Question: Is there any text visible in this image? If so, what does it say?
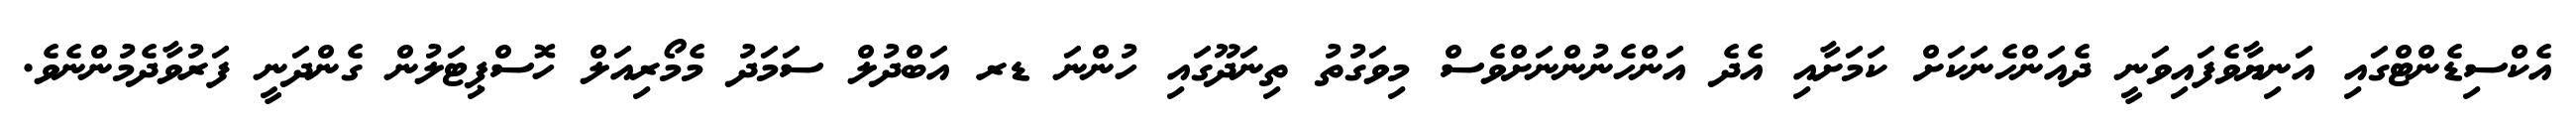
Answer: އެކްސިޑެންޓްގައި އަނިޔާވެފައިވަނީ ދެއަންހެނަކަށް ކަމަށާއި އެދެ އަންހެނުންނަށްވެސް މިވަގުތު ތިނަދޫގައި ހުންނަ ޑރ އަބްދުލް ސަމަދު މެމޯރިއަލް ހޮސްޕިޓަލުން ގެންދަނީ ފަރުވާދެމުންނެވެ.